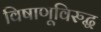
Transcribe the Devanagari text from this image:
विषाणूविरुद्ध